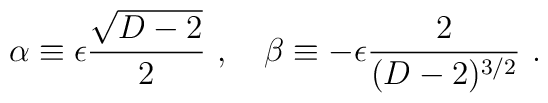
\alpha\equiv\epsilon {\sqrt{D-2}\over 2}~,~~~\beta\equiv-\epsilon {2\over (D-2)^{3/2}}~.